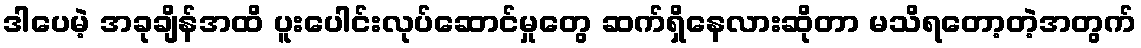
ဒါပေမဲ့ အခုချိန်အထိ ပူးပေါင်းလုပ်ဆောင်မှုတွေ ဆက်ရှိနေလားဆိုတာ မသိရတော့တဲ့အတွက်